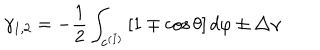
LaTeX: \gamma _ { 1 , 2 } = - \frac 1 2 \int _ { { \bf c } ^ { ( I ) } } \left[ 1 \mp \cos \theta \right] d \varphi \pm \triangle \gamma